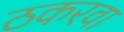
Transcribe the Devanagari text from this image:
ठकरवा